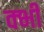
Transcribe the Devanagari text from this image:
क्भी